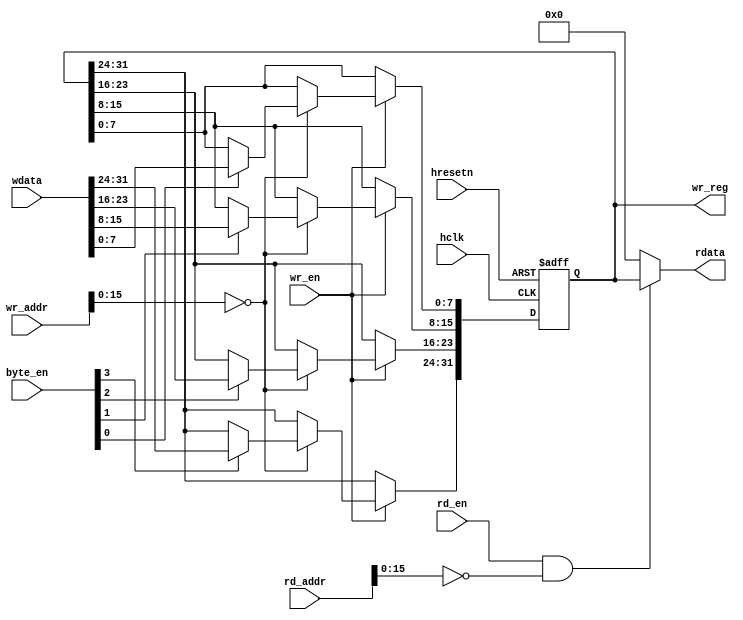
module gpcfg_rd_wr (
  input                hclk,
  input                hresetn,
  input                wr_en,
  input                rd_en,
  input       [3:0]    byte_en,
  input       [31:0]   wr_addr,
  input       [31:0]   rd_addr,
  input       [31:0]   wdata,
  output reg  [31:0]   wr_reg,
  output      [31:0]   rdata
);

  parameter RESET_VAL     = 32'b0;
  parameter CFG_ADDR      = 16'h0;

  always @ (posedge hclk or negedge hresetn) begin
    if (hresetn == 1'b0) begin
      wr_reg  <= RESET_VAL;
    end
    else begin
      if (wr_en == 1'b1) begin
        if (wr_addr[15:0] == CFG_ADDR) begin
          if (byte_en[0] == 1'b1) begin
            wr_reg[7:0] <= wdata[7:0];
          end
          if (byte_en[1] == 1'b1) begin
            wr_reg[15:8] <= wdata[15:8];
          end
          if (byte_en[2] == 1'b1) begin
            wr_reg[23:16] <= wdata[23:16];
          end
          if (byte_en[3] == 1'b1) begin
            wr_reg[31:24] <= wdata[31:24];
          end
        end
      end
    end
  end

  assign rdata = (rd_en & (rd_addr[15:0] == CFG_ADDR)) ? wr_reg : 32'b0;

endmodule